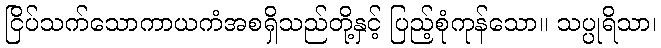
ငြိပ်သက်သောကာယကံအစရှိသည်တို့နှင့် ပြည့်စုံကုန်သော။ သပ္ပုရိသာ၊